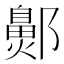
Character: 𬪞